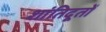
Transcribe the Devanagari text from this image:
शांतिदूतों